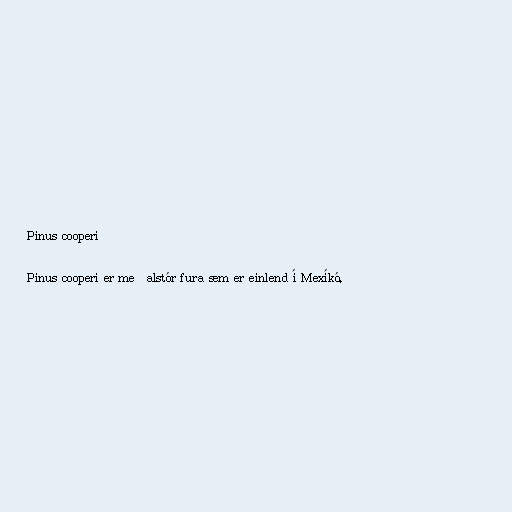
Pinus cooperi

Pinus cooperi er meðalstór fura sem er einlend í Mexíkó.